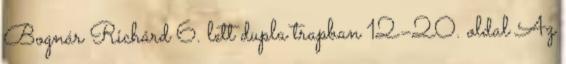
Bognár Richárd 6. lett dupla trapban 12–20. oldal Az